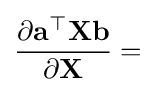
{\frac {\partial \mathbf {a} ^{\top }\mathbf {X} \mathbf {b} }{\partial \mathbf {X} }}=